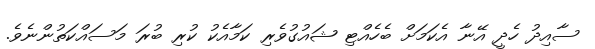
ސާއިދު ހެދީ އޭނާ އެކަމަށް ބެހެއްޓި ޝައުގުވެރި ކަމާއެކު ކުރި ބުރަ މަސައްކަތުންނެވެ.